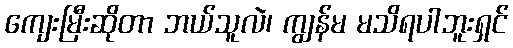
ကျေးမြီးဆိုတာ ဘယ်သူလဲ၊ ကျွန်မ မသိရပါဘူးရှင်